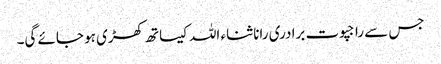
جس سے راجپوت برادری رانا ثناء اللہ کیساتھ کھڑی ہو جائے گی۔